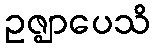
ဥဇ္ဈာပေသိ